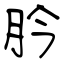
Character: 肣